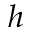
h